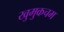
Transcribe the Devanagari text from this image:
खुमुकचम